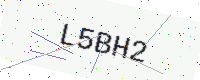
Text: L5BH2